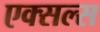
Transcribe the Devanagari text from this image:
एक्सल्स